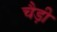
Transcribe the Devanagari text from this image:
चैड़ी